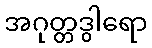
အဂုတ္တဒွါရော